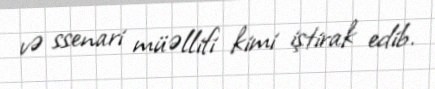
və ssenari müəllifi kimi iştirak edib.